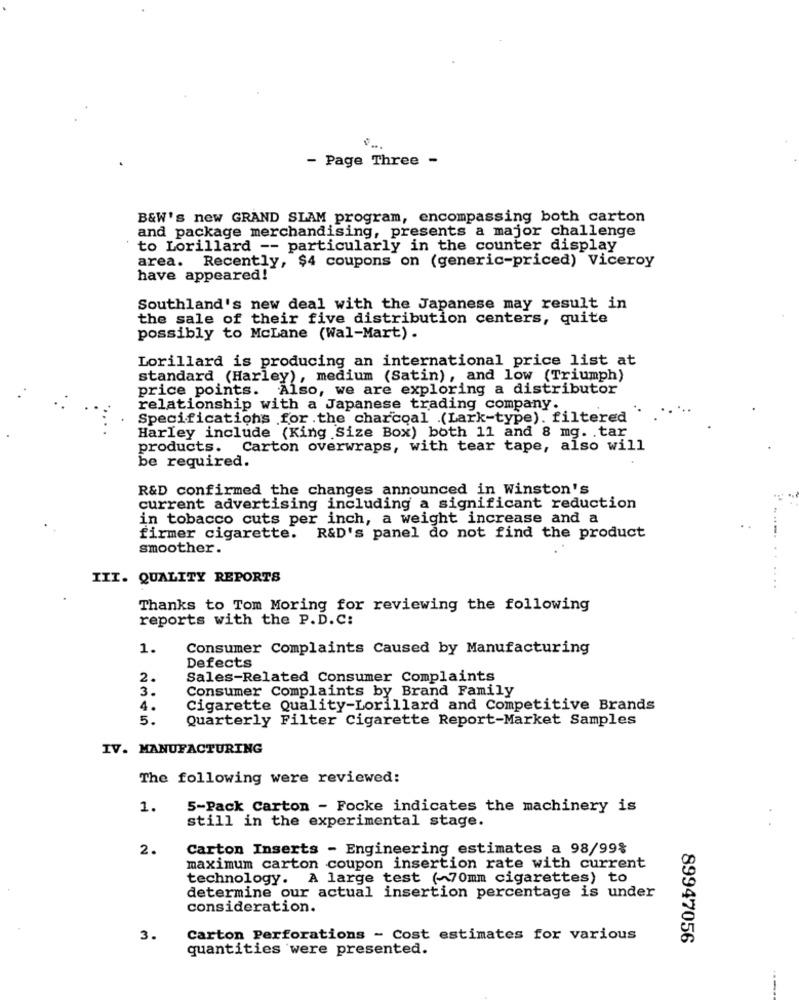
- Page Three -
B&W's new GRAND SLAM program, encompassing both carton
and package merchandising, presents a major challenge
to Lorillard -- particularly in the counter display
area. Recently, $4 coupons on (generic-priced) Viceroy
have appeared!
Southland's new deal with the Japanese may result in
the sale of their five distribution centers, quite
possibly to McLane (Wal-Mart).
Lorillard is producing an international price list at
standard (Harley), medium (Satin), and low (Triumph)
price points. Also, we are exploring a distributor
relationship with a Japanese trading company.
Specifications for .the charcoal (Lark-type). filtered
Harley include (King Size Box) both 11 and 8 mg. . tar
products. Carton overwraps, with tear tape, also will
be required.
R&D confirmed the changes announced in Winston's
current advertising including a significant reduction
in tobacco cuts per inch, a weight increase and a
firmer cigarette. R&D's panel do not find the product
smoother.
III. QUALITY REPORTS
............
Thanks to Tom Moring for reviewing the following
reports with the P.D. C:
1.
Consumer Complaints Caused by Manufacturing
Defects
2.
Sales-Related Consumer Complaints
3.
Consumer Complaints by Brand Family
4.
Cigarette Quality-Lorillard and Competitive Brands
5.
Quarterly Filter Cigarette Report-Market Samples
IV. MANUFACTURING
The following were reviewed:
1.
5-Pack Carton - Focke indicates the machinery is
still in the experimental stage.
2.
Carton Inserts - Engineering estimates a 98/99%
maximum carton coupon insertion rate with current
technology. A large test (~70mm cigarettes) to
determine our actual insertion percentage is under
consideration.
3.
Carton Perforations - Cost estimates for various
89947056
quantities were presented.